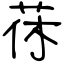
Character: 茠